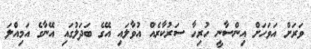
ވަރަށް އަވަހަށް އިންސާނީ ހުރިހާ ސަރުކާރެއް އުވާލައި އޭގެ ބަދަލުގައި އޭނާގެ އަމިއްލަ